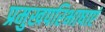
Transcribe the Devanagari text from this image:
प्रमुखपरिभाषाएं